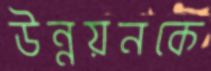
উন্নয়নকে